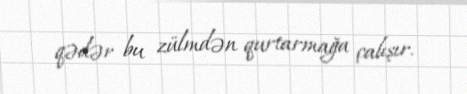
qədər bu zülmdən qurtarmağa çalışır.